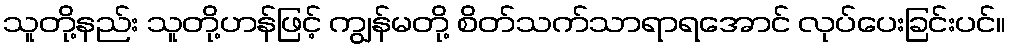
သူတို့နည်း သူတို့ဟန်ဖြင့် ကျွန်မတို့ စိတ်သက်သာရာရအောင် လုပ်ပေးခြင်းပင်။